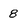
Character: 8